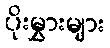
ပိုးမွှားများ